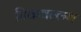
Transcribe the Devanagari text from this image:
पिकवल्लभ